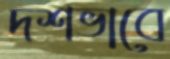
দশভাবে